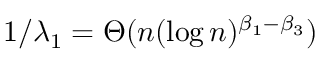
1 / \lambda _ { 1 } = \Theta ( n ( \log n ) ^ { \beta _ { 1 } - \beta _ { 3 } } )